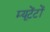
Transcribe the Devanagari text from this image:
म्यूटेंटों